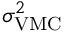
\sigma _ { \mathrm { V M C } } ^ { 2 }